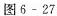
图 6-27